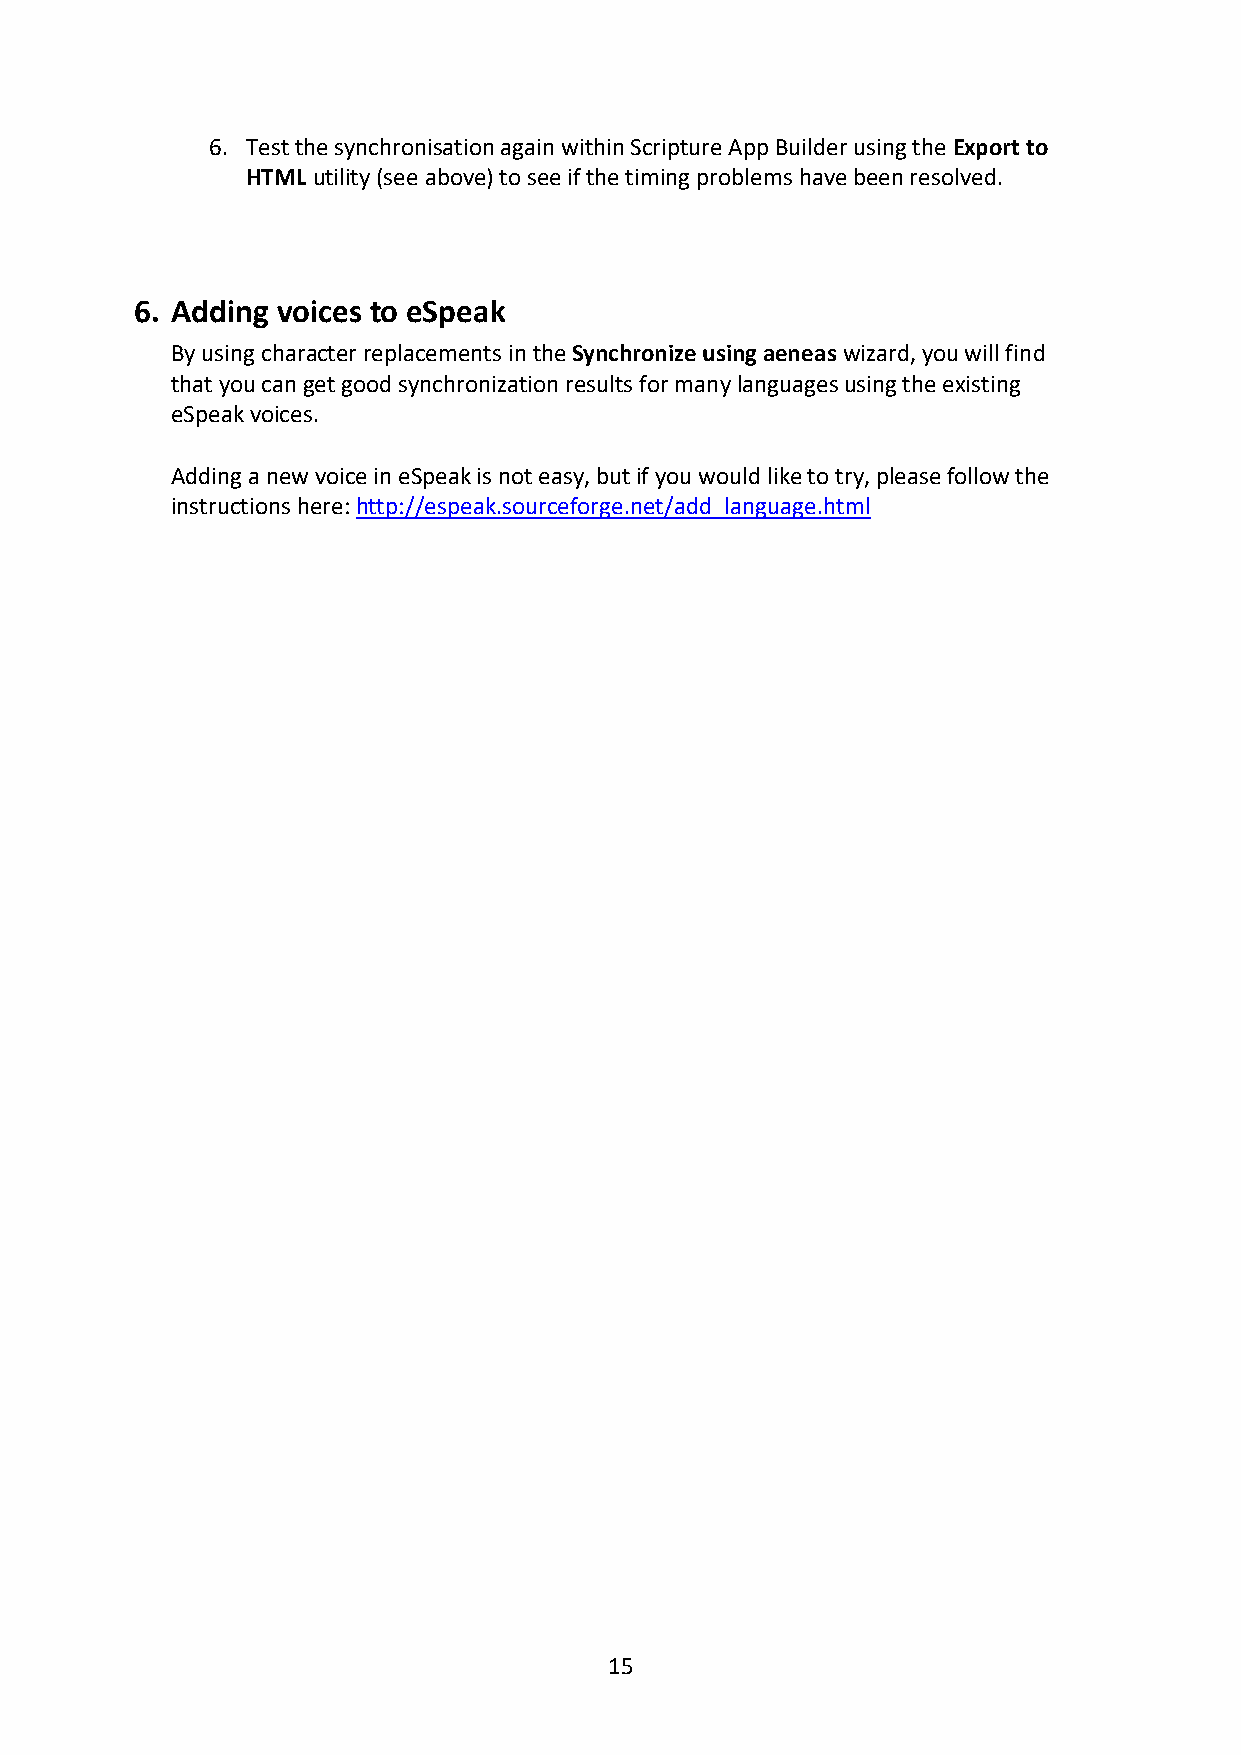
6. Test the synchronisation again within Scripture App Builder using the Export to
 HTML utility (see above) to see if the timing problems have been resolved.
 6. Adding voices to eSpeak
 By using character replacements in the Synchronize using aeneas wizard, you will find
 that you can get good synchronization results for many languages using the existing
 eSpeak voices.
 Adding a new voice in eSpeak is not easy, but if you would like to try, please follow the
 instructions here: http://espeak.sourceforge.net/add_language.html
 15